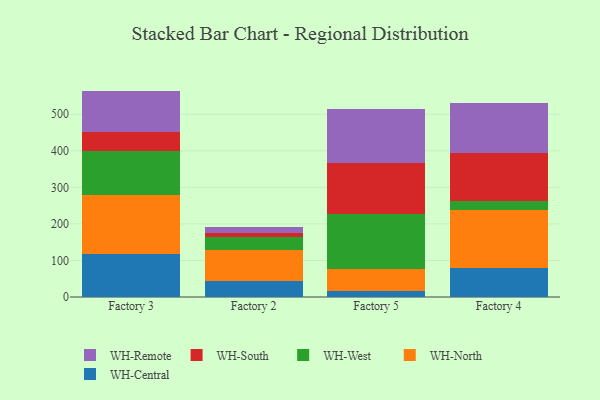
{"axis": {"x": "Factory", "y": "Temperature (°C)"}, "legend": ["WH-Central", "WH-North", "WH-Remote", "WH-South", "WH-West"], "data": [{"x": "Factory 3", "y": 117.9, "type": "WH-Central"}, {"x": "Factory 3", "y": 161.3, "type": "WH-North"}, {"x": "Factory 3", "y": 121.6, "type": "WH-West"}, {"x": "Factory 3", "y": 51.3, "type": "WH-South"}, {"x": "Factory 3", "y": 112.0, "type": "WH-Remote"}, {"x": "Factory 2", "y": 42.9, "type": "WH-Central"}, {"x": "Factory 2", "y": 86.3, "type": "WH-North"}, {"x": "Factory 2", "y": 34.1, "type": "WH-West"}, {"x": "Factory 2", "y": 12.3, "type": "WH-South"}, {"x": "Factory 2", "y": 15.9, "type": "WH-Remote"}, {"x": "Factory 5", "y": 16.8, "type": "WH-Central"}, {"x": "Factory 5", "y": 59.2, "type": "WH-North"}, {"x": "Factory 5", "y": 151.2, "type": "WH-West"}, {"x": "Factory 5", "y": 140.3, "type": "WH-South"}, {"x": "Factory 5", "y": 148.3, "type": "WH-Remote"}, {"x": "Factory 4", "y": 80.3, "type": "WH-Central"}, {"x": "Factory 4", "y": 159.0, "type": "WH-North"}, {"x": "Factory 4", "y": 23.1, "type": "WH-West"}, {"x": "Factory 4", "y": 130.3, "type": "WH-South"}, {"x": "Factory 4", "y": 137.0, "type": "WH-Remote"}]}